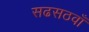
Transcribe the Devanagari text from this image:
सढसठवाँ